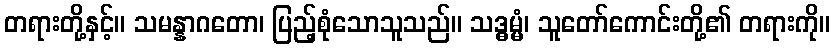
တရားတို့နှင့်။ သမန္နာဂတော၊ ပြည့်စုံသောသူသည်။ သဒ္ဓမ္မံ၊ သူတော်ကောင်းတို့၏ တရားကို။